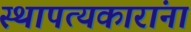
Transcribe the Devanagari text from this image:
स्थापत्यकारांना